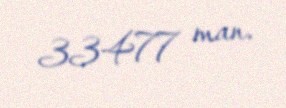
33477 man.